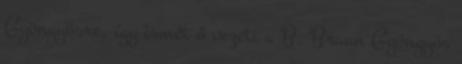
Gyöngyösre, így ismét ő vezeti a B. Braun Gyöngyös